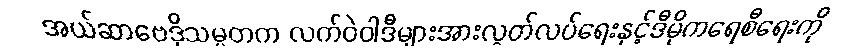
အယ်ဆာဗေဒိုသမ္မတက လက်ဝဲဝါဒီများအားလွတ်လပ်ရေးနှင့်ဒီမိုကရေစီရေးကို